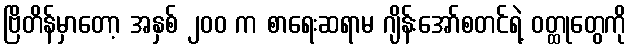
ဗြိတိန်မှာတော့ အနှစ် ၂၀၀ က စာရေးဆရာမ ဂျိန်းအော်စတင်ရဲ့ ဝတ္ထုတွေကို